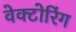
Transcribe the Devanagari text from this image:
वेक्टोरिंग